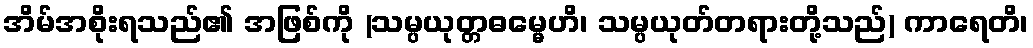
အိမ်အစိုးရသည်၏ အဖြစ်ကို (သမ္ပယုတ္တဓမ္မေဟိ၊ သမ္ပယုတ်တရားတို့သည်) ကာရေတိ၊